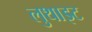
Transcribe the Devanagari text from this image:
लुथाइट